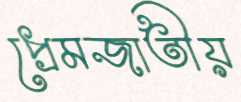
প্রেমজাতীয়